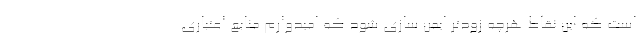
است که این نقاط هرچه زودتر ایمن سازی شود که امیدوارم منابع اعتباری